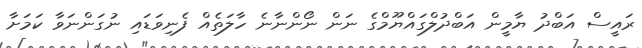
ރައީސް އަބްދު ޔާމީން އަބްދުލްގައްޔޫމްގެ ނަން ނޯންނާނެ ހާލަތެއް ފެނިވަޑައި ނުގަންނަވާ ކަމަށާ